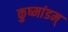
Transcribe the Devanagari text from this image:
कुष्मांडम्